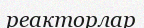
реакторлар